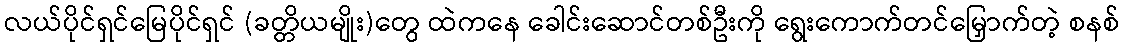
လယ်ပိုင်ရှင်မြေပိုင်ရှင် (ခတ္တိယမျိုး)တွေ ထဲကနေ ခေါင်းဆောင်တစ်ဦးကို ရွေးကောက်တင်မြှောက်တဲ့ စနစ်